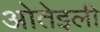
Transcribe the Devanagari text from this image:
ओतेइली